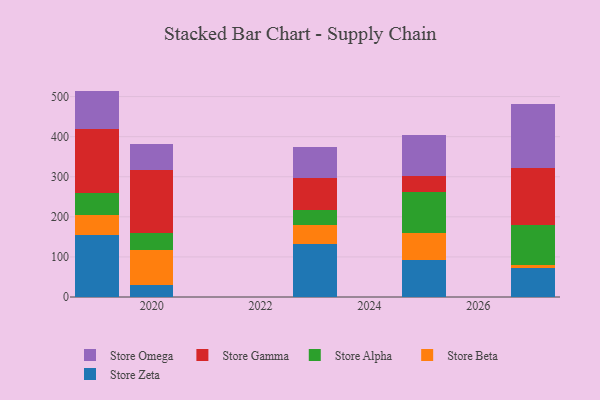
{"axis": {"x": "Year", "y": "Humidity (%)"}, "legend": ["Store Alpha", "Store Beta", "Store Gamma", "Store Omega", "Store Zeta"], "data": [{"x": "2025", "y": 93.2, "type": "Store Zeta"}, {"x": "2025", "y": 66.8, "type": "Store Beta"}, {"x": "2025", "y": 103.0, "type": "Store Alpha"}, {"x": "2025", "y": 38.1, "type": "Store Gamma"}, {"x": "2025", "y": 102.1, "type": "Store Omega"}, {"x": "2023", "y": 132.9, "type": "Store Zeta"}, {"x": "2023", "y": 46.3, "type": "Store Beta"}, {"x": "2023", "y": 37.9, "type": "Store Alpha"}, {"x": "2023", "y": 81.0, "type": "Store Gamma"}, {"x": "2023", "y": 75.3, "type": "Store Omega"}, {"x": "2019", "y": 155.4, "type": "Store Zeta"}, {"x": "2019", "y": 48.8, "type": "Store Beta"}, {"x": "2019", "y": 55.6, "type": "Store Alpha"}, {"x": "2019", "y": 159.7, "type": "Store Gamma"}, {"x": "2019", "y": 94.8, "type": "Store Omega"}, {"x": "2027", "y": 71.9, "type": "Store Zeta"}, {"x": "2027", "y": 8.2, "type": "Store Beta"}, {"x": "2027", "y": 100.7, "type": "Store Alpha"}, {"x": "2027", "y": 142.1, "type": "Store Gamma"}, {"x": "2027", "y": 159.2, "type": "Store Omega"}, {"x": "2020", "y": 31.1, "type": "Store Zeta"}, {"x": "2020", "y": 85.9, "type": "Store Beta"}, {"x": "2020", "y": 41.5, "type": "Store Alpha"}, {"x": "2020", "y": 159.2, "type": "Store Gamma"}, {"x": "2020", "y": 64.4, "type": "Store Omega"}]}